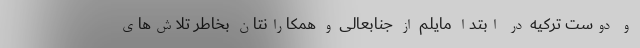
و دوست ترکیه در ابتدا مایلم از جنابعالی و همکارانتان بخاطر تلاش‌های